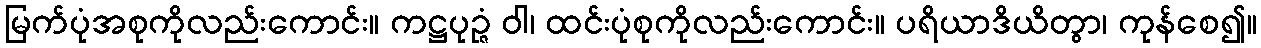
မြက်ပုံအစုကိုလည်းကောင်း။ ကဋ္ဌပုဉ္ဇံ ဝါ၊ ထင်းပုံစုကိုလည်းကောင်း။ ပရိယာဒိယိတွာ၊ ကုန်စေ၍။